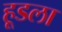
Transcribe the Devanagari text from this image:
हूडला